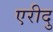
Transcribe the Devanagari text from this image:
एरीदु